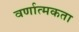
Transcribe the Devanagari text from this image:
वर्णात्मकता